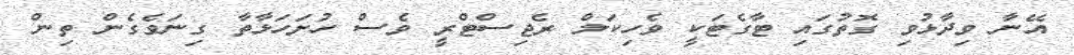
އޭނާ ވިދާޅުވި ގޮތުގައި ޓާގެޓަކީ ވެހިކަލް ރެޖިސްޓްރީ ވެސް ހުށަހަޅާތާ ގިނަވެގެން ތިން